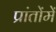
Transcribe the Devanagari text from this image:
प्रांतोंमें